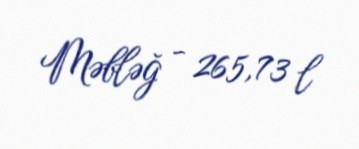
Məbləğ - 265,73 l